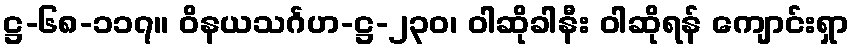
ဋ္ဌ-၆၈-၁၁၇။ ဝိနယသင်္ဂဟ-ဋ္ဌ-၂၃၀၊ ဝါဆိုခါနီး ဝါဆိုရန် ကျောင်းရှာ